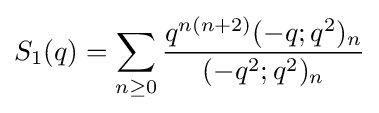
S_{1}(q)=\sum _{n\geq 0}{\frac {q^{n(n+2)}(-q;q^{2})_{n}}{(-q^{2};q^{2})_{n}}}